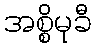
အစ္စိမုခီ